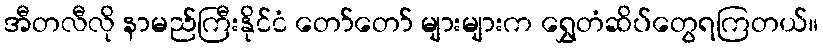
အီတလီလို နာမည်ကြီးနိုင်ငံ တော်တော် များများက ရွှေတံဆိပ်တွေရကြတယ်။